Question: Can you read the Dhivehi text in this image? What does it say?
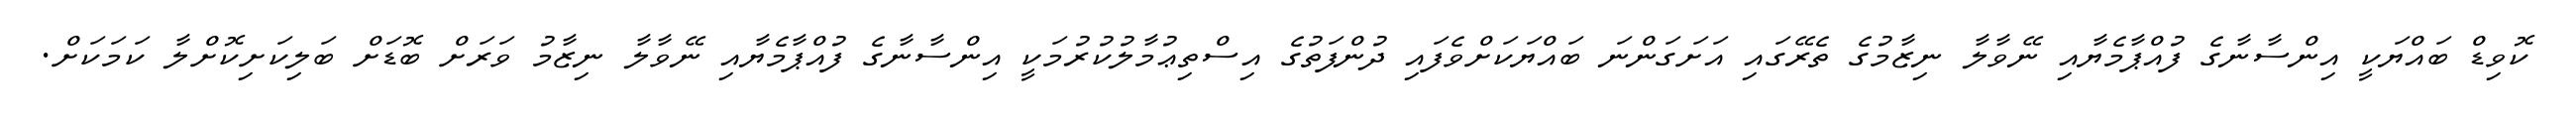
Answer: ކޮވިޑް ބައްޔަކީ އިންސާނާގެ ފުއްޕާމެޔާއި ނޭވާލާ ނިޒާމުގެ ތެރޭގައި އަށަގަންނަ ބައްޔަކަށްވެފައި ދުންފަތުގެ އިސްތިޢުމާލުކުރުމަކީ އިންސާނާގެ ފުއްޕާމެޔާއި ނޭވާލާ ނިޒާމު ވަރަށް ބޮޑަށް ބަލިކަށިކޮށްލާ ކަމަކަށް.